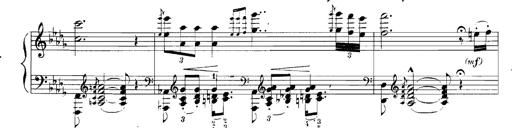
Title: Rhapsodies hongroises
Composer: Franz Liszt